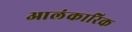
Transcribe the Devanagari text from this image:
आलंकारिक